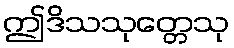
ဤဒိသသုတ္တေသု